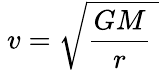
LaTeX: \ v={\sqrt{{\frac{GM}{r}}\ }}